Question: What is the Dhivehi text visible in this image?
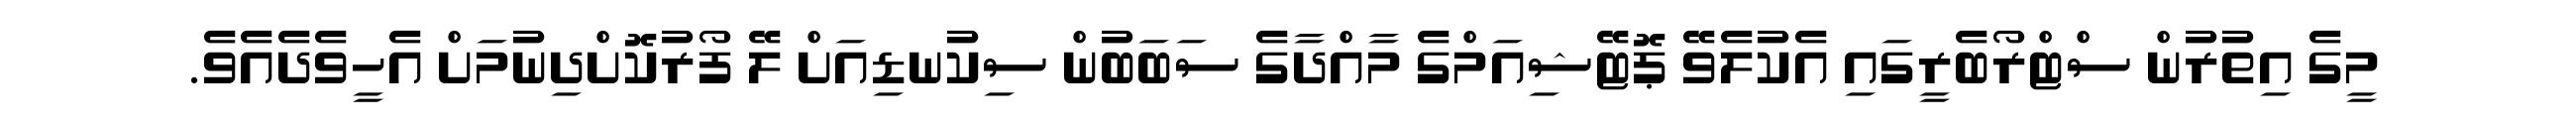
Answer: މީގެ އިތުރުން ސްޓްރޯބެރީގައި އެކުލެވޭ ޕޮޓޭޝިއަމްގެ މާއްދާގެ ސަބަބުން ސިކުނޑިއަށް ލޭ ފޯރުކޮށްދިނުމަށް އެހީވެދެއެވެ.